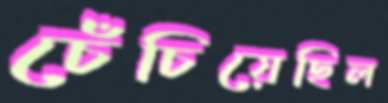
চেঁচিয়েছিল